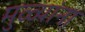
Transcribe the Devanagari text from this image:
मुळ्यांना